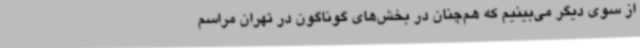
از سوی دیگر می‌بینیم که هم‌چنان در بخش‌های گوناگون در تهران مراسم